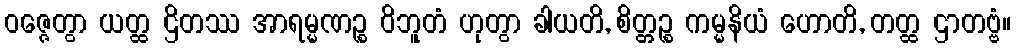
ဝဇ္ဇေတွာ ယတ္ထ ဌိတဿ အာရမ္မဏဉ္စ ဝိဘူတံ ဟုတွာ ခါယတိ, စိတ္တဉ္စ ကမ္မနိယံ ဟောတိ, တတ္ထ ဌာတဗ္ဗံ။